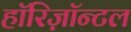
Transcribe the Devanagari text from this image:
हॉरिज़ॉन्टल